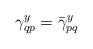
LaTeX: \begin{gather*}\gamma_{qp}^y=\bar\gamma_{pq}^y\end{gather*}